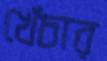
খেঁচার